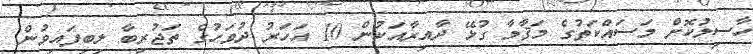
ހާސިލުކޮށް މަސައްކަތުގެ މަޤާމާ ގުޅޭ ދާއިރާއަކުން 10 އަހަރު ދުވަހުގެ ތަޖުރިބާ ލިބިފައިވުން.